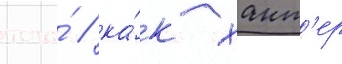
того́ / ка́к хант'ер